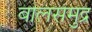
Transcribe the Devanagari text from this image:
बालसमुद्र